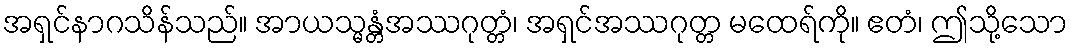
အရှင်နာဂသိန်သည်။ အာယသ္မန္တံအဿဂုတ္တံ၊ အရှင်အဿဂုတ္တ မထေရ်ကို။ ဧတံ၊ ဤသို့သော